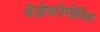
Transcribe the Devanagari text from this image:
बेंज़ोयलेगोनिन